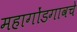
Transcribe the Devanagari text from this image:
महागोंडगावचे